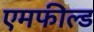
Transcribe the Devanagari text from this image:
एमफील्ड